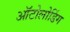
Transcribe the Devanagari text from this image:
ऑटोलोडिंग